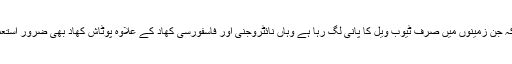
انہوں نے کہا کہ جن زمینوں میں صرف ٹیوب ویل کا پانی لگ رہا ہے وہاں نائٹروجنی اور فاسفورسی کھاد کے علاوہ پوٹاش کھاد بھی ضرور استعمال کی جائے ۔